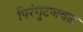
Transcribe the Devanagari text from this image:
पिरंगुटजवळ